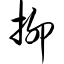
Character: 抑